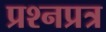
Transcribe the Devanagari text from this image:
प्रश्नप्रत्र